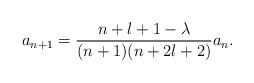
\begin{align*}a_{n+1}=\frac{n+l+1-\lambda}{(n+1)(n+2l+2)}a_n.\end{align*}